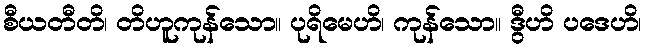
စီယတီတိ၊ တိဟူကုန်သော။ ပုရိမေဟိ၊ ကုန်သော။ ဒွီဟိ ပဒေဟိ၊